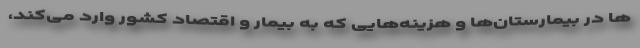
ها در بیمارستان‌ها و هزینه‌هایی که به بیمار و اقتصاد کشور وارد می‌کند،